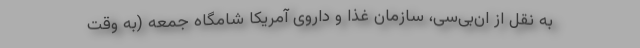
به نقل از ان‌بی‌سی، سازمان غذا و داروی آمریکا شامگاه جمعه (به وقت